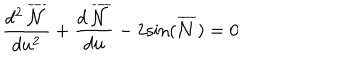
LaTeX: \frac { d ^ { 2 } \, \overline { { { \cal { N } } } } } { d u ^ { 2 } } + \frac { d \, \overline { { { \cal { N } } } } } { d u } - 2 { \sin } ( \overline { { { \cal { N } } } } ) = 0